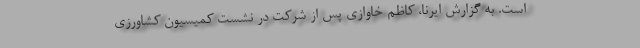
است. به گزارش ایرنا، کاظم خاوازی پس از شرکت در نشست کمیسیون کشاورزی